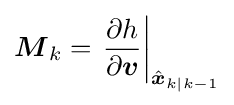
{{\boldsymbol {M}}_{k}}=\left.{\frac {\partial h}{\partial {\boldsymbol {v}}}}\right\vert _{{\hat {\boldsymbol {x}}}_{k|k-1}}